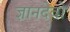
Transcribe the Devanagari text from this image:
ज्ञानदेवो